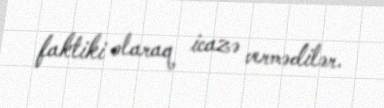
faktiki olaraq icazə vermədilər.